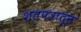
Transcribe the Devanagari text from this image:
शतपत्रातून